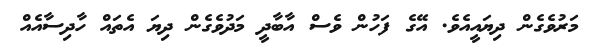
މަރުވެގެން ދިޔައީއެވެ. އޭގެ ފަހުން ވެސް އާބާދީ މަދުވެގެން ދިޔަ އެތައް ހާދިސާއެއް